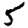
Digit: 5